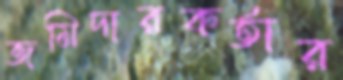
জমিদারকর্তার